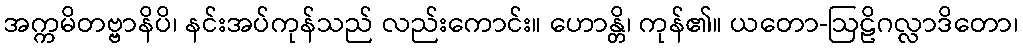
အက္ကမိတဗ္ဗာနိပိ၊ နင်းအပ်ကုန်သည် လည်းကောင်း။ ဟောန္တိ၊ ကုန်၏။ ယတော-ဩဠိဂလ္လာဒိတော၊